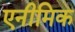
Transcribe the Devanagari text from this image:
एनीमिक